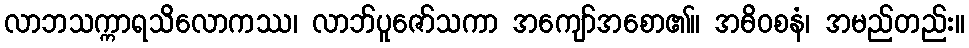
လာဘသက္ကာရသိလောကဿ၊ လာဘ်ပူဇော်သကာ အကျော်အစော၏။ အဓိဝစနံ၊ အမည်တည်း။